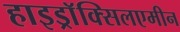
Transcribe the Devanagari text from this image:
हाइड्राॅक्सिलएमीन